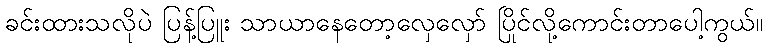
ခင်းထားသလိုပဲ ပြန့်ပြူး သာယာနေတော့လှေလှော် ပြိုင်လို့ကောင်းတာပေါ့ကွယ်။